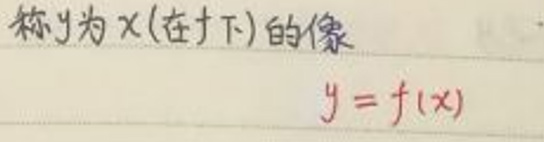
称 \(y\) 为 \(x\)（在 \(f\) 下）的像
\[y = f(x)\]